Report of the Lahore Medical School Hospital
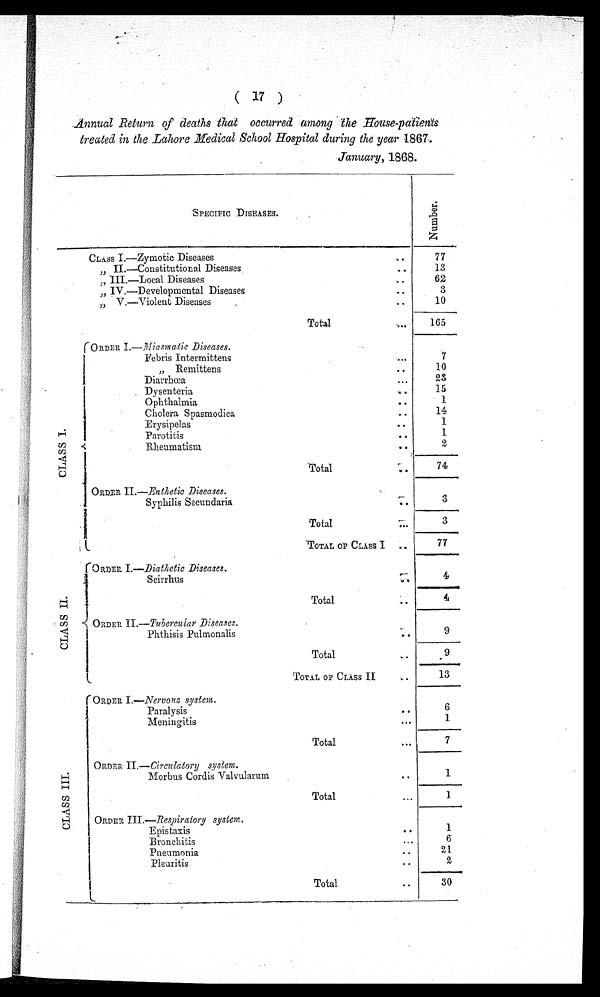
( 17 )
Annual Return of deaths that occurred among the House-patients
treated in the Lahore Medical School Hospital during the year 1867 .
January, 1868.
SPECIFIC DISEASES.
N u m b e r .
CLASS I.—Zymotic Diseases
77
" I I . — C o n s t i t u t i o n a l D i s e a s e s . . .
13
" I I I . — L o c a l D i s e a s e s . . .
62
" IV.—Developmental Diseases . .
3
" V.—Violent Diseases . . .
1 0
Total . . .
165
C L A S S I .
ORDER I.—Miasmatic Diseases.
Febris Intermittens . . .
7
" Remittens . . .
10
D i a r r h œ a . . .
23
D y s e n t e r i a . . .
15
1
Ophthalmia . . .
Cholera Spasmodica . . .
14
1
Erysipelas . . .
1
Parotitis . . .
2
Rheumatism . . .
Total . . .
7 4
ORDER II.—Enthetic Diseases.
3
Syphilis Secundaria . . .
Total . . .
3
TOTAL OF CLASS I . . .
77
C L A S S I I .
O R D E R I . —
D i a t h e t i c D i s e a s e s .
4
Scirrhus
Total . . .
4
ORDER II.— Tubercular Diseases.
Phthisis Pulmonalis . . .
9
T o t a l . . .
9
TOTAL OF CLASS II . . .
13
C L A S S I I I .
ORDER I.—Nervous system.
6
Paralysis . . .
1
Meningitis . . .
Total . . .
7
ORDER II.—Circulatory system.
1
Morbus Cordis Valvularum . . .
Total . . .
ORDER III .—Respiratory system.
1
Epistaxis . . .
6
Bronchitis . . .
21
P n e u m o n i a . . .
Pleuritis . . .
2
Total . . .
30